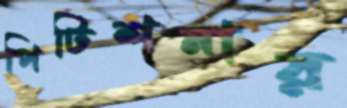
পিটিশনার